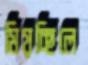
মিয়চ্ছিলে